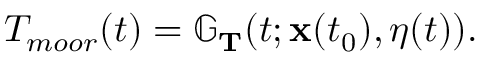
\begin{array} { r } { T _ { m o o r } ( t ) = \mathbb G _ { \mathbf { T } } ( t ; \mathbf { x } ( t _ { 0 } ) , \eta ( t ) ) . } \end{array}